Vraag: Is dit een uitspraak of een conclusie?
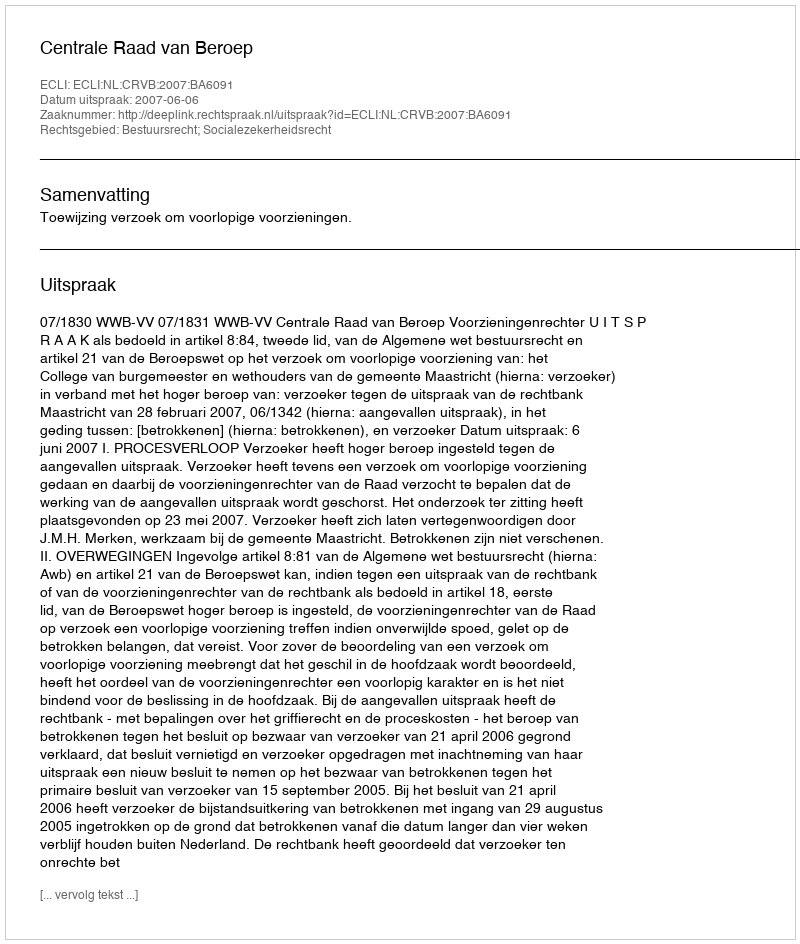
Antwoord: Uitspraak